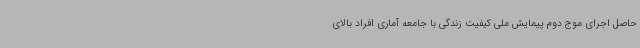
حاصل اجرای موج دوم پیمایش ملی کیفیت زندگی با جامعه آماری افراد بالای